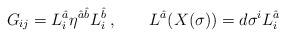
LaTeX: \begin{align*}G_{ij}=L_i^{\hat{a}}\eta^{{\hat{a}}{\hat{b}}} L_i^{\hat{b}}\,, \qquad L^{\hat{a}} (X(\sigma)) = d\sigma^i L_i^{\hat{a}}\,\end{align*}